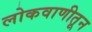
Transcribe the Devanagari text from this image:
लोकवाणीतून